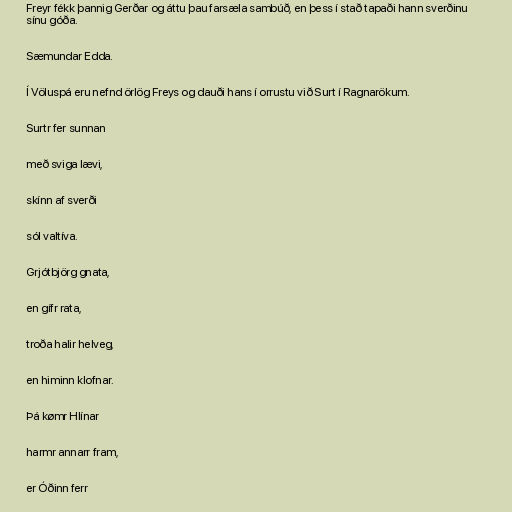
Freyr fékk þannig Gerðar og áttu þau farsæla sambúð, en þess í stað tapaði hann sverðinu
sínu góða.

Sæmundar Edda.

Í Völuspá eru nefnd örlög Freys og dauði hans í orrustu við Surt í Ragnarökum.

Surtr fer sunnan

með sviga lævi,

skínn af sverði

sól valtíva.

Grjótbjörg gnata,

en gífr rata,

troða halir helveg,

en himinn klofnar.

Þá kømr Hlínar

harmr annarr fram,

er Óðinn ferr